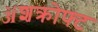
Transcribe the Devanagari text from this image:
ॲशक्रोफ्ट